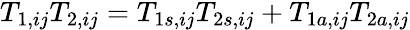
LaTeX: \begin{array}{r}{T_{1,ij}T_{2,ij}=T_{1s,ij}T_{2s,ij}+T_{1a,ij}T_{2a,ij}}\end{array}